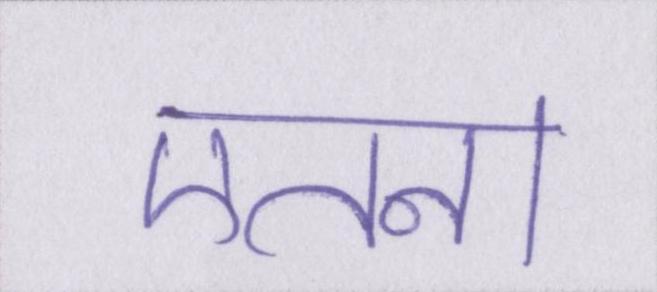
एतना